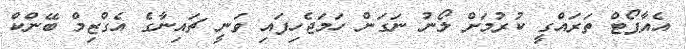
އެއާޕޯޓް ތަރައްގީ ކުރުމަށް ލޯނު ނަގަން ހަމަޖެހިފައި ވަނީ ޗައިނާގެ އެގްޒިމް ބޭންކް